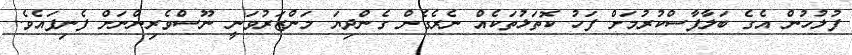
ފުލުހުން އެގެ ބަލާފާސްކުރުމަށް ފަހު ކޮތަޅުތަކެއް ނެރެގެން ގެންދިޔަ މަންޒަރުވަނީ ނޫސްވެރިންނަށް ފެނިފައެވެ.